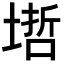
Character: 𡏥